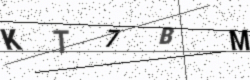
Text: KT7BM